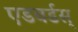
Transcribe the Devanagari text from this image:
एडवर्डस्‌